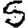
Digit: 5